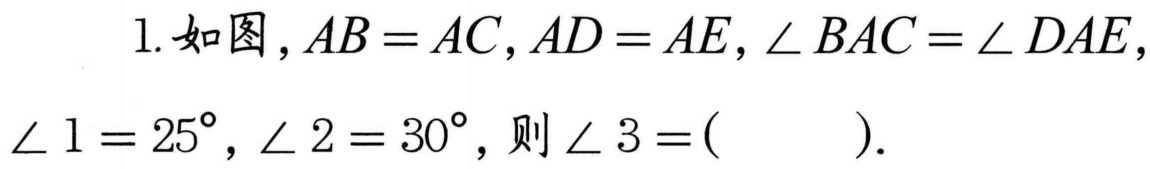
1. 如图，$AB = AC$，$AD = AE$，$\angle BAC=\angle DAE$，$\angle 1 = 25^{\circ}$，$\angle 2 = 30^{\circ}$，则$\angle 3 = (\ \ \ \ \ )$.